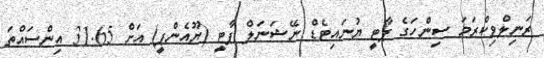
ރަނިލްވިކްރަމަ ސިންހަގެ ޕާޓީ ޔުނައިޓެޑް ނޭޝަނަލް ޕާޓީ (ޔޫއެންޕީ) އަށް 31.65 އިންސައްތަ